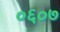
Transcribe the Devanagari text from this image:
०६०७